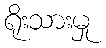
ရိုးသားမှု